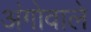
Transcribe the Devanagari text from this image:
अंगोवाले